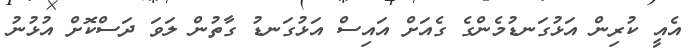
އެއީ ކުރިން އަޅުގަނޑުމެންގެ ގެއަށް އައިސް އަޅުގަނޑު ގާތުން ލަވަ ދަސްކޮށް އުޅުނު